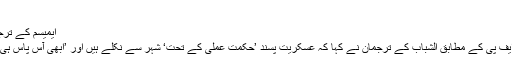
"
ایمیسم کے ترجمان
اے ایف پی کے مطابق الشباب کے ترجمان نے کہا کہ عسکریت پسند ’حکمتِ عملی کے تحت‘ شہر سے نکلے ہیں اور ’ابھی آس پاس ہی ہیں۔